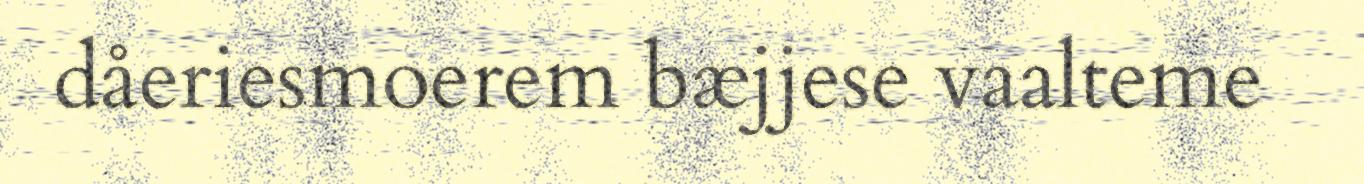
dåeriesmoerem bæjjese vaalteme